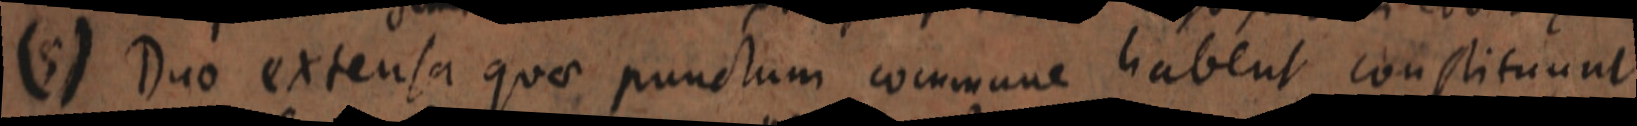
(5) Duo extensa quae punctum commune habent constituunt